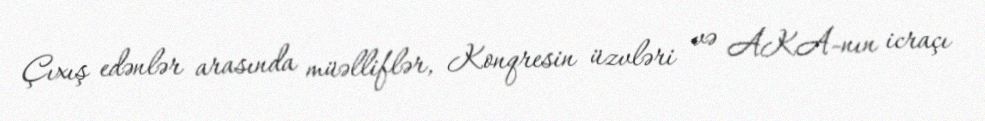
Çıxış edənlər arasında müəlliflər, Konqresin üzvləri və AKA-nın icraçı